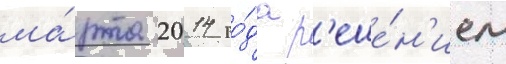
ма́рта 2014 го́да р'еше́н'ием